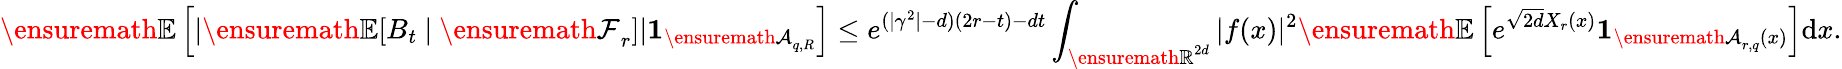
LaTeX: {\ensuremath{\mathbb E}}\left[|{\ensuremath{\mathbb E}}[B_{t}\ |\ {\ensuremath{\mathcal F}}_{r}]|\mathbf{1}_{{\ensuremath{\mathcal A}}_{q,R}}\right]\le e^{(|\gamma^{2}|-d)(2r-t)-dt}\int_{{\ensuremath{\mathbb R}}^{2d}}|f(x)|^{2}{\ensuremath{\mathbb E}}\left[e^{\sqrt{2d}X_{r}(x)}\mathbf{1}_{{\ensuremath{\mathcal A}}_{r,q}(x)}\right]\mathrm{d}x.